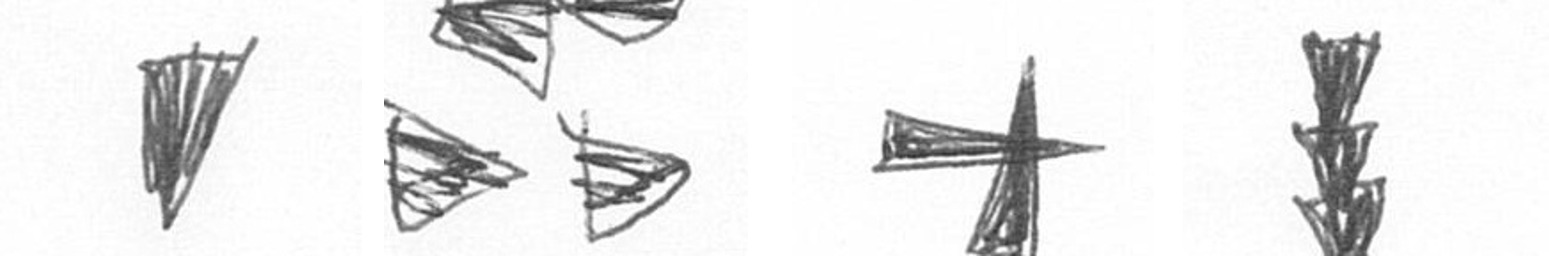
J B G E